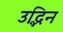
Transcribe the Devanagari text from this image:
उद्भिन